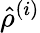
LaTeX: \hat{\rho}^{\left(i\right)}